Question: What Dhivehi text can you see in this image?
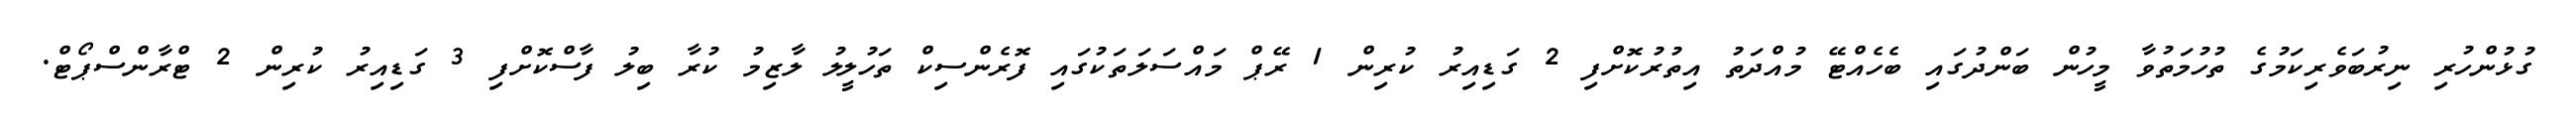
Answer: ގުޅުންހުރި ނިރުބަވެރިކަމުގެ ތުހުމަތުވާ މީހުން ބަންދުގައި ބެހެއްޓޭ މުއްދަތު އިތުރުކޮށްފި 2 ގަޑިއިރު ކުރިން 1 ރޭޕް މައްސަލަތަކުގައި ފޮރެންސިކް ތަހުލީލު ލާޒިމު ކުރާ ބިލު ފާސްކޮށްފި 3 ގަޑިއިރު ކުރިން 2 ޓްރާންސްޕޯޓް.